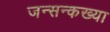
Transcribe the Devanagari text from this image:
जन्सन्कख्या